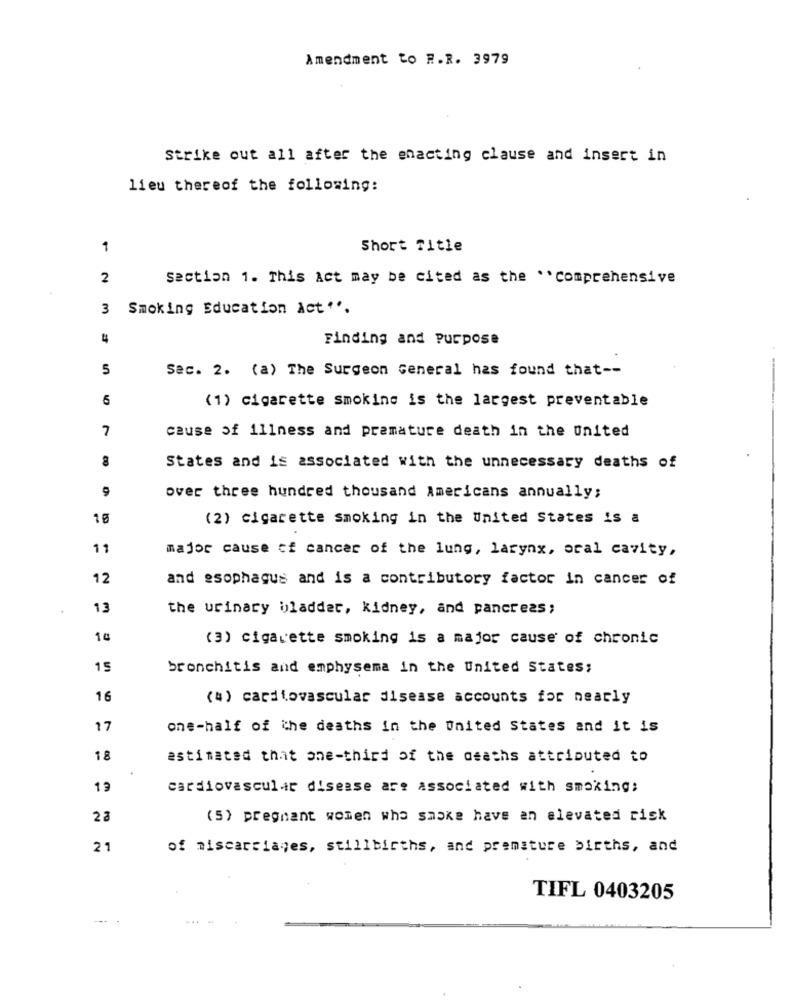
Amendment to R.R. 3979
Strike out all after the enacting clause and insert in
lieu thereof the following:
1
Short Title
2
section 1. This Act may be cited as the "Comprehensive
3
Smoking Education Act "".
Finding and Purpose
5
Sac. 2. (a) The Surgeon General has found that --
5
(1) cigarette smoking is the largest preventable
7
cause of illness and premature death in the United
8
States and is associated with the unnecessary deaths of
9
over three hundred thousand Americans annually;
10
(2) cigarette smoking in the United States is a
11
major cause of cancer of the lung, larynx, oral cavity,
12
and esophagus and is a contributory factor in cancer of
13
the urinary bladder, kidney, and pancreas;
(3) cigarette smoking is a major cause of chronic
15
bronchitis and emphysema in the United States;
16
(4) cardiovascular disease accounts for nearly
17
one-half of the deaths in the United States and it is
18
estimated that one-third of the deaths attributed to
19
cardiovascular disease are associated with smoking;
2 a
(5) pregnant women who saske have an elevated risk
21
of miscarriages, stillbirths, and premature births, and
TIFL 0403205
----